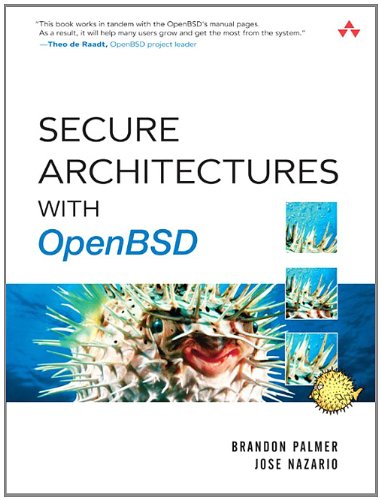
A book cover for Secure Architectures with OpenBSD; Brandon Palmer; Computers & Technology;